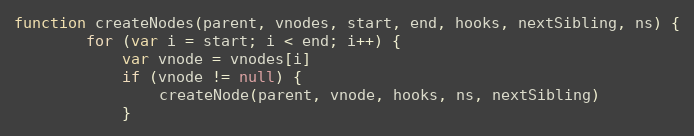
Language: JavaScript
function createNodes(parent, vnodes, start, end, hooks, nextSibling, ns) {
		for (var i = start; i < end; i++) {
			var vnode = vnodes[i]
			if (vnode != null) {
				createNode(parent, vnode, hooks, ns, nextSibling)
			}